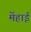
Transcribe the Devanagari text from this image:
मेंहाई